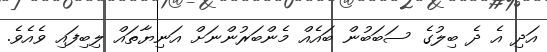
އަދި އެ ދެ ބިލުގެ ސަބަބުން ބައެއް މެންބަރުންނަށް އަނިޔާތައް ލިބިފައި ވެއެވެ.